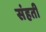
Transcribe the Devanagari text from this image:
संहती